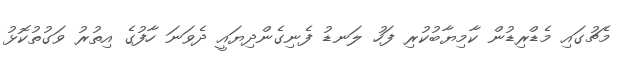
މެޗުގައި މެޑްރިޑުން ކާމިޔާބުކުރި ފަހު ލަނޑު ފެނިގެންދިޔައީ ދެވަނަ ހާފުގެ އިތުރު ވަގުތުކޮޅު